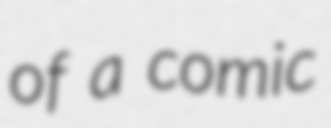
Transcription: of a comic